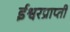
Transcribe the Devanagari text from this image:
ईश्वरप्राप्‍ती